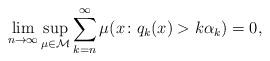
LaTeX: \begin{align*}\lim_{n\to\infty}\sup_{\mu\in\mathcal{M}}\sum_{k=n}^{\infty}\mu(x\colon q_k(x)>k\alpha_k)=0,\end{align*}